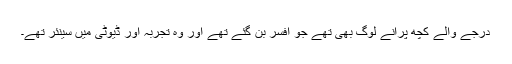
درجے والے کچھ پرانے لوگ بھی تھے جو افسر بن گئے تھے اور وہ تجربہ اور ڈیوٹی میں سینئر تھے۔